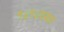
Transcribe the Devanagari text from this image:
१८१८च्या